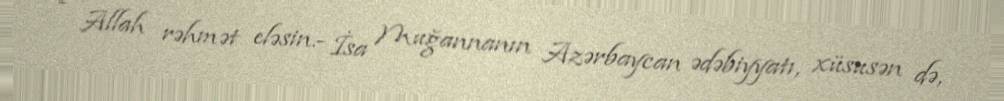
- Allah rəhmət eləsin.- İsa Muğannanın Azərbaycan ədəbiyyatı, xüsusən də,